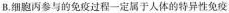
B.细胞丙参与的免疫过程一定属于人体的特异性免疫